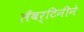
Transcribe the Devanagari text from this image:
लँबर्टिनीने